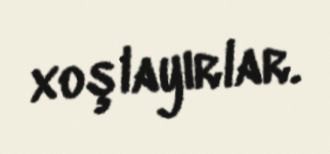
xoşlayırlar.